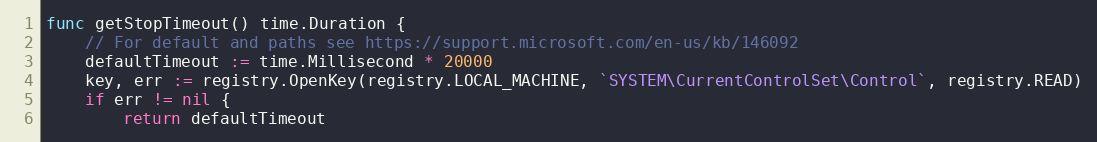
Language: Go
func getStopTimeout() time.Duration {
	// For default and paths see https://support.microsoft.com/en-us/kb/146092
	defaultTimeout := time.Millisecond * 20000
	key, err := registry.OpenKey(registry.LOCAL_MACHINE, `SYSTEM\CurrentControlSet\Control`, registry.READ)
	if err != nil {
		return defaultTimeout